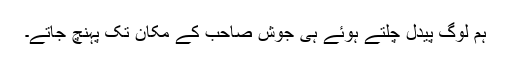
ہم لوگ پیدل چلتے ہوئے ہی جوش صاحب کے مکان تک پہنچ جاتے۔